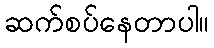
ဆက်စပ်နေတာပါ။